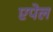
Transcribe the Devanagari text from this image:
एपेल